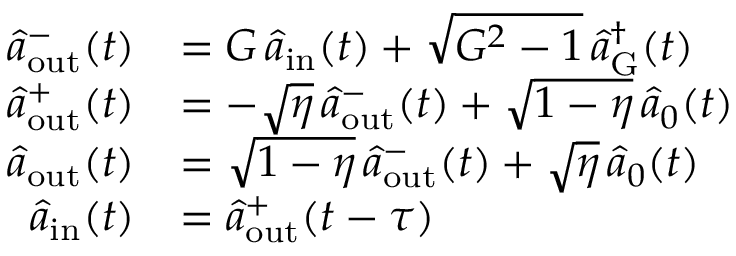
\begin{array} { r l } { \hat { a } _ { \mathrm { o u t } } ^ { - } ( t ) } & { = G \, \hat { a } _ { \mathrm { i n } } ( t ) + \sqrt { G ^ { 2 } - 1 } \, \hat { a } _ { \mathrm { G } } ^ { \dagger } ( t ) } \\ { \hat { a } _ { \mathrm { o u t } } ^ { + } ( t ) } & { = - \sqrt { \eta } \, \hat { a } _ { \mathrm { o u t } } ^ { - } ( t ) + \sqrt { 1 - \eta } \, \hat { a } _ { 0 } ( t ) } \\ { \hat { a } _ { \mathrm { o u t } } ( t ) } & { = \sqrt { 1 - \eta } \, \hat { a } _ { \mathrm { o u t } } ^ { - } ( t ) + \sqrt { \eta } \, \hat { a } _ { 0 } ( t ) } \\ { \hat { a } _ { \mathrm { i n } } ( t ) } & { = \hat { a } _ { \mathrm { o u t } } ^ { + } ( t - \tau ) } \end{array}